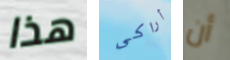
هذا أراكى أن